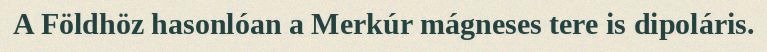
A Földhöz hasonlóan a Merkúr mágneses tere is dipoláris.